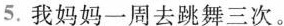
5.我妈妈一周去跳舞三次。